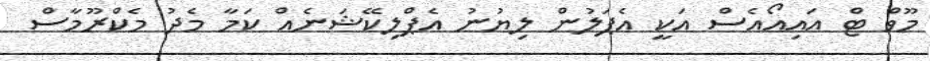
މޫވް ޓް އައިއޯއެސް އަކީ އެޕަލުން ލިޔުުނު އެޕްލިކޭޝަނެއް ކަމާ މެދު މެކްރޫމާސް